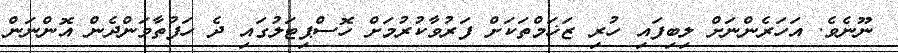
ނޫނެވެ. އަހަރެންނަށް ލިބިފައި ހުރި ޒަޚަމްތަކަށް ފަރުވާކުރުމަށް ހޮސްޕިޓަލުގައި ދެ ހަފުތާވަންދެން އޮންނަން